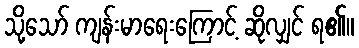
သို့သော် ကျန်းမာရေးကြောင့် ဆိုလျှင် ရ၏။